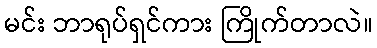
မင်း ဘာရုပ်ရှင်ကား ကြိုက်တာလဲ။